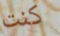
كنت